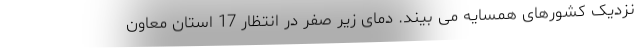
نزدیک کشورهای همسایه می بیند. دمای زیر صفر در انتظار 17 استان معاون